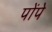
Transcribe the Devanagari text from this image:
पोंपे